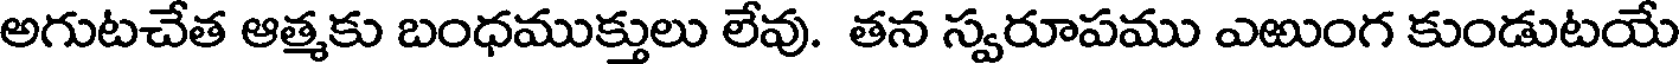
అగుటచేత ఆత్మకు బంధముక్తులు లేవు. తన స్వరూపము ఎఱుంగ కుండుటయే